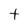
Character: t